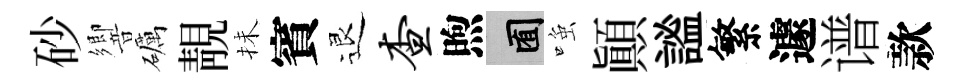
砂響礪靚抺賓退查煦囿𫪻顚謐繁遽谱款